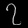
Digit: ၇